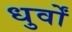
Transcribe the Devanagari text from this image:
धुर्वों